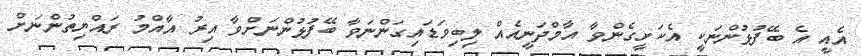
އެއީ އެ ބޭފުޅުންނަކީ އެކަށީގެންވާ އާމްދަނީއެއް ލިބިވަޑައިގަންނަވާ ބޭފުޅުންނަށްވާ އިރު އާއްމު ރައްޔިތުންނަށް